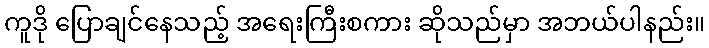
ကူဒို ပြောချင်နေသည့် အရေးကြီးစကား ဆိုသည်မှာ အဘယ်ပါနည်း။